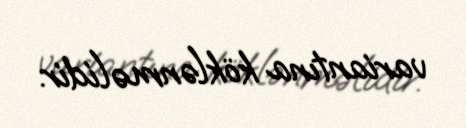
variantına köklənməlidir.